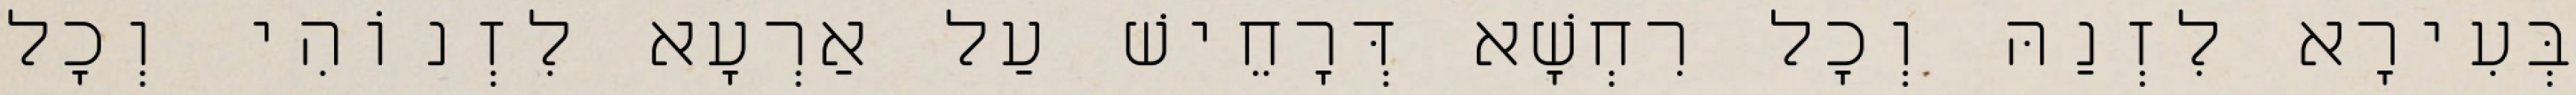
בְּעִירָא לִזְנַהּ וְכָל רִחְשָׁא דְּרָחֵישׁ עַל אַרְעָא לִזְנוֹהִי וְכָל